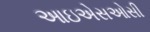
આઇએસઓસી